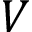
V